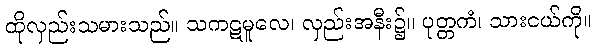
ထိုလှည်းသမားသည်။ သကဋမူလေ၊ လှည်းအနီး၌။ ပုတ္တကံ၊ သားငယ်ကို။